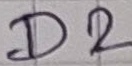
Text: D2